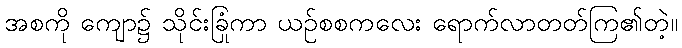
အစကို ကျော၌ သိုင်းခြုံကာ ယဉ်စစကလေး ရောက်လာတတ်ကြ၏တဲ့။